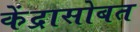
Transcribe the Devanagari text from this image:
केंद्रासोबत